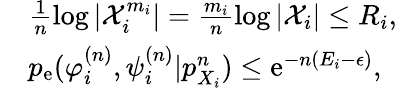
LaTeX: \begin{array}{rl}&{\frac{1}{n}\log|{\cal X}_{i}^{m_{i}}|=\frac{m_{i}}{n}\log|{\cal X}_{i}|\leq R_{i},}\\ &{p_{\mathrm{e}}(\varphi_{i}^{(n)},\psi_{i}^{(n)}|{p}_{X_{i}}^{n})\leq\mathrm{e}^{-n(E_{i}-\epsilon)},}\end{array}